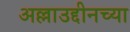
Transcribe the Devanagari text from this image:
अल्लाउद्दीनच्या